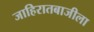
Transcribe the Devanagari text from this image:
जाहिरातबाजीला